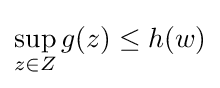
\sup _{z\in Z}g(z)\leq h(w)